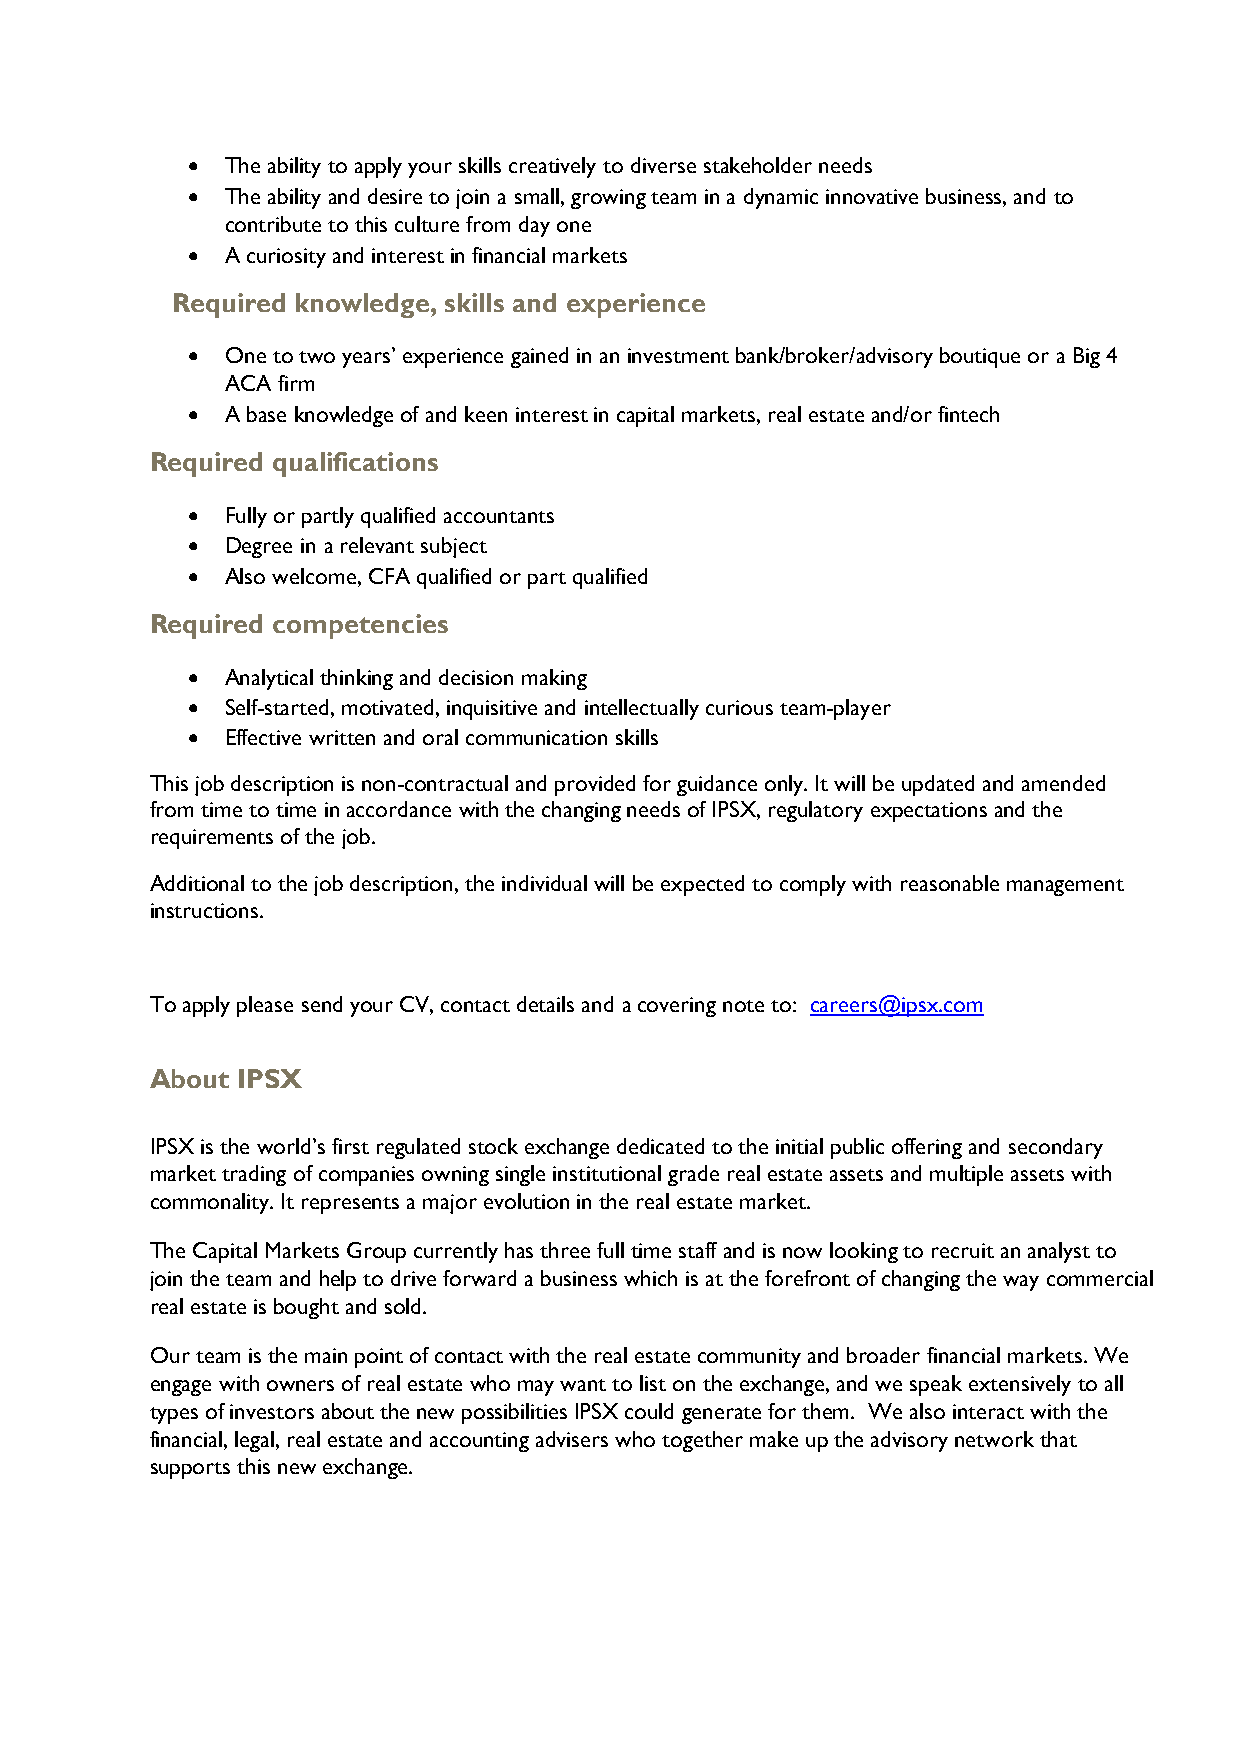
  The ability to apply your skills creatively to diverse stakeholder needs
   The ability and desire to join a small, growing team in a dynamic innovative business, and to
 contribute to this culture from day one
   A curiosity and interest in financial markets
 Required knowledge, skills and experience
   One to two years’ experience gained in an investment bank/broker/advisory boutique or a Big 4
 ACA firm
   A base knowledge of and keen interest in capital markets, real estate and/or fintech
 Required qualifications
   Fully or partly qualified accountants
   Degree in a relevant subject
   Also welcome, CFA qualified or part qualified
 Required competencies
   Analytical thinking and decision making
   Self-started, motivated, inquisitive and intellectually curious team-player
   Effective written and oral communication skills
 This job description is non-contractual and provided for guidance only. It will be updated and amended
 from time to time in accordance with the changing needs of IPSX, regulatory expectations and the
 requirements of the job.
 Additional to the job description, the individual will be expected to comply with reasonable management
 instructions.
 To apply please send your CV, contact details and a covering note to: careers@ipsx.com
 About IPSX
 IPSX is the world’s first regulated stock exchange dedicated to the initial public offering and secondary
 market trading of companies owning single institutional grade real estate assets and multiple assets with
 commonality. It represents a major evolution in the real estate market.
 The Capital Markets Group currently has three full time staff and is now looking to recruit an analyst to
 join the team and help to drive forward a business which is at the forefront of changing the way commercial
 real estate is bought and sold.
 Our team is the main point of contact with the real estate community and broader financial markets. We
 engage with owners of real estate who may want to list on the exchange, and we speak extensively to all
 types of investors about the new possibilities IPSX could generate for them. We also interact with the
 financial, legal, real estate and accounting advisers who together make up the advisory network that
 supports this new exchange.